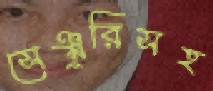
সেঞ্চুরিসহ